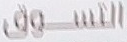
التسوق